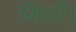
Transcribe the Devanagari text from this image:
मिळी।